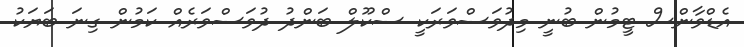
އެޑްވާންސް ޓީމުން ބުނީ މިދުވަސްވަރަކީ ސްކޫލް ބަންދު ދުވަސްވަރެއް ކަމުން ގިނަ ބަޔަކު